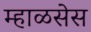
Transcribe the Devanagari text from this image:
म्हाळसेस